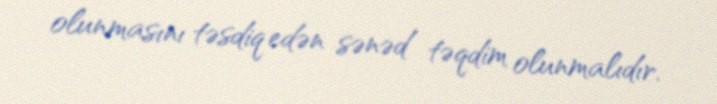
olunmasını təsdiq edən sənəd təqdim olunmalıdır.